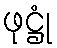
ဖုဋ္ဌုံ